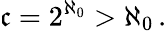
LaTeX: {\mathfrak{c}}=2^{\aleph_{0}}>\aleph_{0}\, .